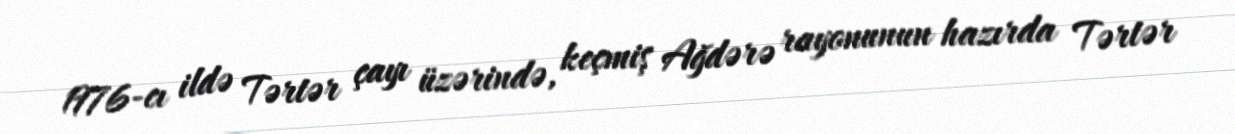
1976-cı ildə Tərtər çayı üzərində, keçmiş Ağdərə rayonunun hazırda Tərtər